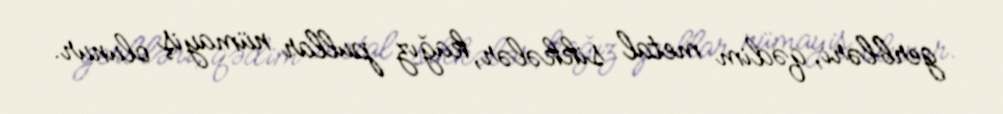
gerbləri, qədim metal sikkələr, kağız pullar nümayiş olunur.